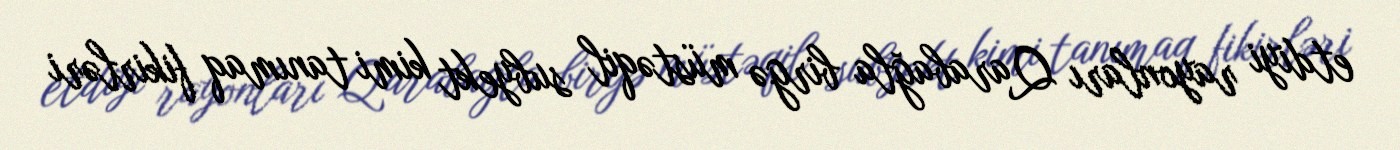
etdiyi rayonları Qarabağla birgə müstəqil subyekt kimi tanımaq fikirləri